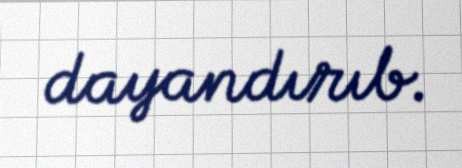
dayandırıb.